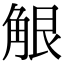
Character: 𧣢